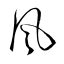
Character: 風